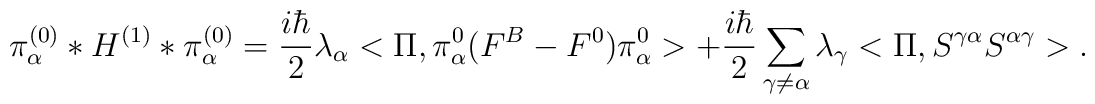
\pi_\alpha^{(0)}* H^{(1)}  * \pi_\alpha^{(0)} =\frac{i \hbar}{2} \lambda_\alpha <\Pi, \pi_\alpha^0 (F^B- F^0) \pi_\alpha^0>+ \frac{i \hbar}{2} \sum_{\gamma \neq \alpha} \lambda_\gamma< \Pi, S^{\gamma \alpha} S^{\alpha \gamma}>.